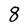
Character: 8